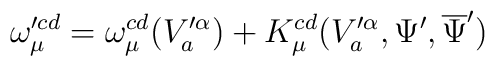
\omega_{\mu}^{\prime cd}=\omega_{\mu}^{cd}(V^{\prime\alpha}_{a})+K_{\mu}^{cd}(V^{\prime\alpha}_{a},\Psi^{\prime},\overline{\Psi}^{\prime})